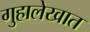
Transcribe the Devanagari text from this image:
गुहालेखात